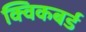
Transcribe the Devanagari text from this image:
क्विकबर्ड